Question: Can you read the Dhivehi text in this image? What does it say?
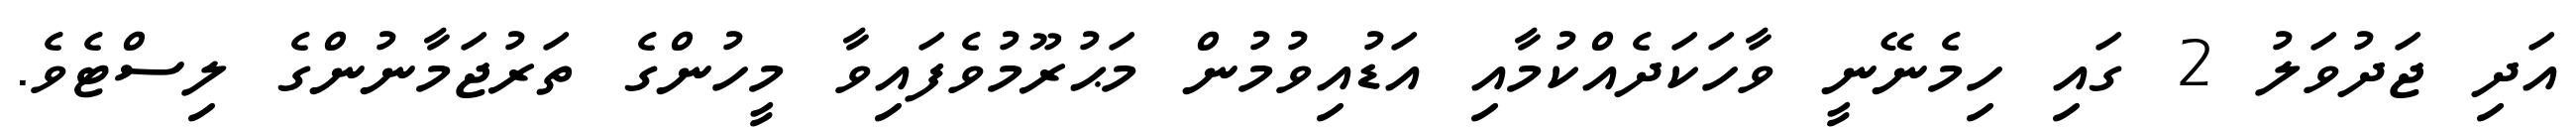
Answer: އަދި ޖަދުވަލު 2 ގައި ހިމެނޭނީ ވާހަކަދެއްކުމާއި އަޑުއިވުމުން މަޙުރޫމުވެފައިވާ މީހުންގެ ތަރުޖަމާނުންގެ ލިސްޓެވެ.